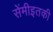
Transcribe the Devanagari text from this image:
सेंमीइतकी